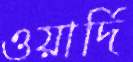
ওয়ার্দি